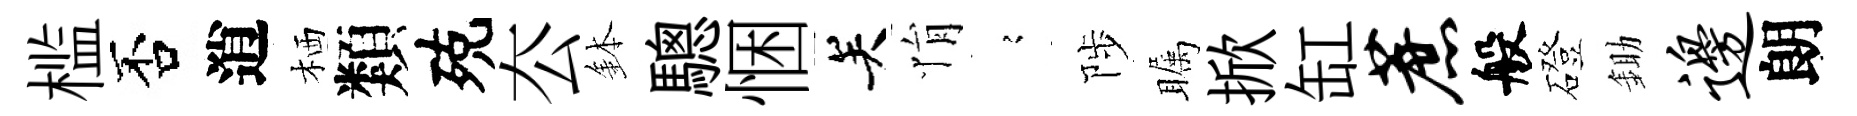
槛否逍栖類殑厺鉢驄悃关悁𡪹陟瞩掀缸蔗般磴鋤边朗